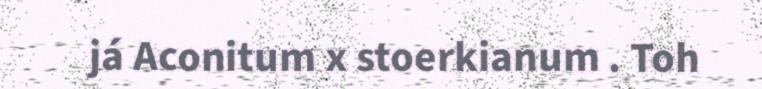
já Aconitum x stoerkianum . Toh